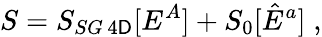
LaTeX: S=S_{SG\, 4\mathsf{D}}[E^{A}]+S_{0}[\hat{{E}}^{a}]\; ,